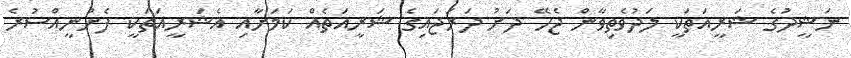
ނަޝީދުގެ ޝަރީއަތަކީ ލަދުވެތިވާން ޖެހޭ ދަށު ދަރަޖައިގެ ޝަރީއަތެއް ކަމަށާއި އެޝަރީއަތަކީ ފެށުނީއްސުރެ